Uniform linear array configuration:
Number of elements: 16
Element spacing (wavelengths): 1
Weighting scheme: uniform
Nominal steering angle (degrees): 0
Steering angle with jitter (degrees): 0.9704
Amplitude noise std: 0.05
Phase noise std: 0.05

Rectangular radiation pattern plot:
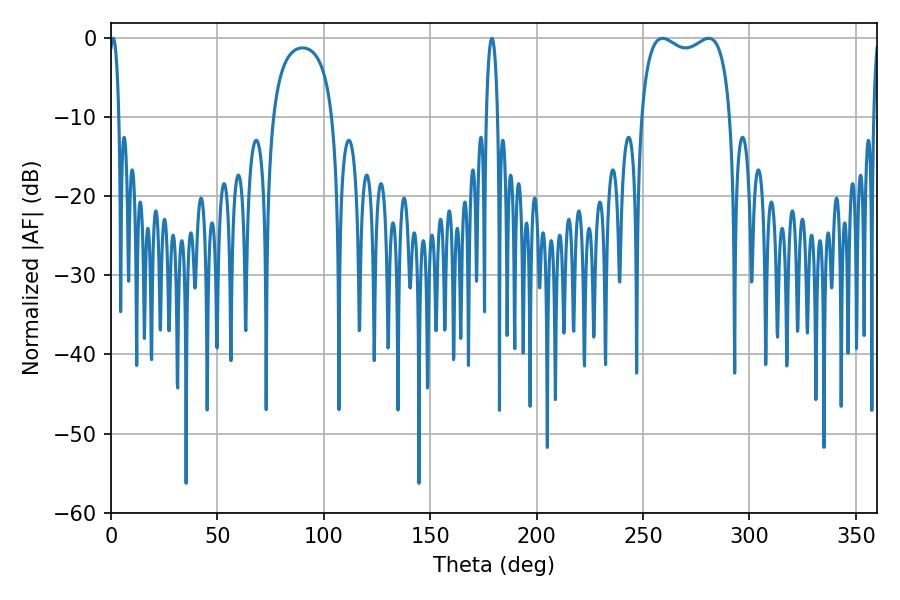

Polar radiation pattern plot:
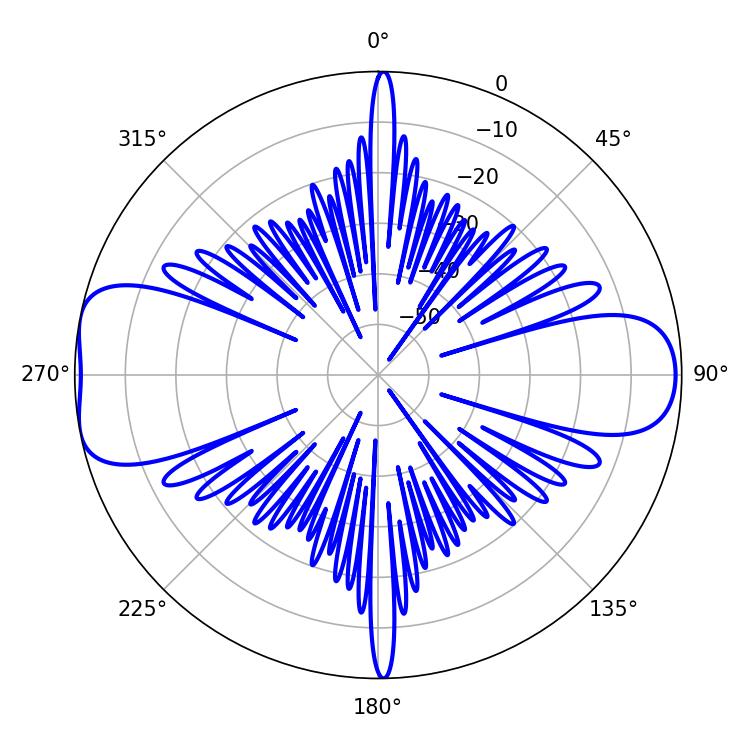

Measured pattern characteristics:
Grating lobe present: TRUE
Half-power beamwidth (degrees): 34.56
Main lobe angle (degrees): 259.2